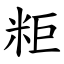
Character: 粔